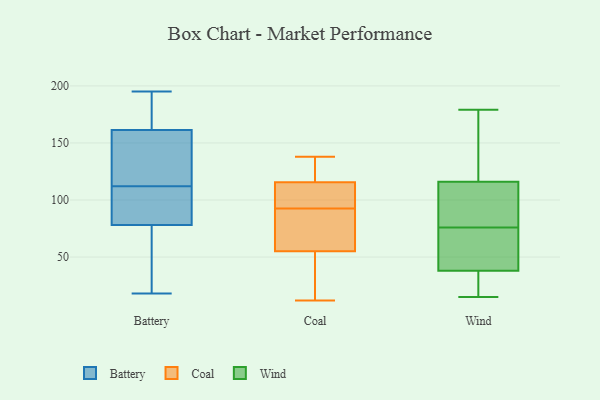
{"axis": {"x": "Conversion Rate (%)", "y": "Value"}, "legend": ["Battery", "Coal", "Wind"], "data": [{"x": "", "y": 112, "type": "Battery"}, {"x": "", "y": 195, "type": "Battery"}, {"x": "", "y": 165, "type": "Battery"}, {"x": "", "y": 147, "type": "Battery"}, {"x": "", "y": 136, "type": "Battery"}, {"x": "", "y": 69, "type": "Battery"}, {"x": "", "y": 35, "type": "Battery"}, {"x": "", "y": 81, "type": "Battery"}, {"x": "", "y": 18, "type": "Battery"}, {"x": "", "y": 180, "type": "Battery"}, {"x": "", "y": 96, "type": "Battery"}, {"x": "", "y": 160, "type": "Battery"}, {"x": "", "y": 185, "type": "Battery"}, {"x": "", "y": 102, "type": "Battery"}, {"x": "", "y": 101, "type": "Battery"}, {"x": "", "y": 22, "type": "Battery"}, {"x": "", "y": 140, "type": "Battery"}, {"x": "", "y": 84, "type": "Coal"}, {"x": "", "y": 114, "type": "Coal"}, {"x": "", "y": 138, "type": "Coal"}, {"x": "", "y": 138, "type": "Coal"}, {"x": "", "y": 117, "type": "Coal"}, {"x": "", "y": 78, "type": "Coal"}, {"x": "", "y": 12, "type": "Coal"}, {"x": "", "y": 41, "type": "Coal"}, {"x": "", "y": 69, "type": "Coal"}, {"x": "", "y": 103, "type": "Coal"}, {"x": "", "y": 101, "type": "Coal"}, {"x": "", "y": 29, "type": "Coal"}, {"x": "", "y": 38, "type": "Wind"}, {"x": "", "y": 15, "type": "Wind"}, {"x": "", "y": 116, "type": "Wind"}, {"x": "", "y": 179, "type": "Wind"}, {"x": "", "y": 79, "type": "Wind"}, {"x": "", "y": 121, "type": "Wind"}, {"x": "", "y": 66, "type": "Wind"}, {"x": "", "y": 18, "type": "Wind"}, {"x": "", "y": 73, "type": "Wind"}, {"x": "", "y": 83, "type": "Wind"}, {"x": "", "y": 63, "type": "Wind"}, {"x": "", "y": 17, "type": "Wind"}, {"x": "", "y": 151, "type": "Wind"}, {"x": "", "y": 114, "type": "Wind"}]}